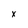
Character: x